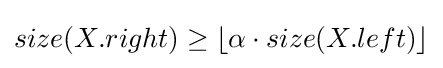
size(X.right)\geq \lfloor \alpha \cdot size(X.left)\rfloor